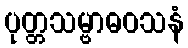
ပုတ္တသမ္ဗာဓဝသနံ